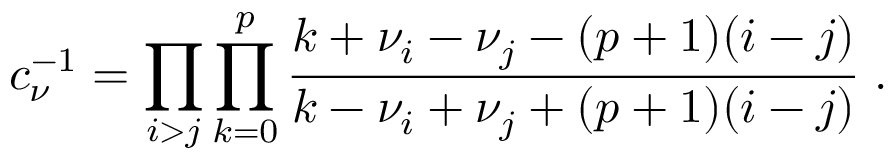
c _ { \nu } ^ { - 1 } = \prod _ { i > j } \prod _ { k = 0 } ^ { p } \frac { k + \nu _ { i } - \nu _ { j } - ( p + 1 ) ( i - j ) } { k - \nu _ { i } + \nu _ { j } + ( p + 1 ) ( i - j ) } \; .